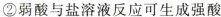
②弱酸与盐溶液反应可生成强酸